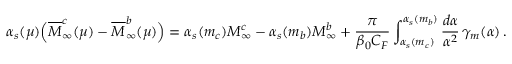
\alpha _ { s } ( \mu ) \Big ( \overline { { { M } } } _ { \infty } ^ { c } ( \mu ) - \overline { { { M } } } _ { \infty } ^ { b } ( \mu ) \Big ) = \alpha _ { s } ( m _ { c } ) M _ { \infty } ^ { c } - \alpha _ { s } ( m _ { b } ) M _ { \infty } ^ { b } + \frac { \pi } { \beta _ { 0 } C _ { F } } \int _ { \alpha _ { s } ( m _ { c } ) } ^ { \alpha _ { s } ( m _ { b } ) } \frac { d \alpha } { \alpha ^ { 2 } } \, \gamma _ { m } ( \alpha ) \, .